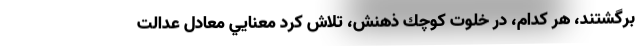
برگشتند، هر كدام، در خلوت كوچك ذهنش، تلاش كرد معنايي معادل عدالت